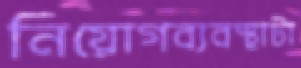
নিয়োগব্যবস্থাটা